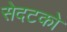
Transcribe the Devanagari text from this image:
सेदटको